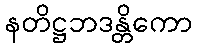
နတိဋ္ဌဘဒန္တိကော